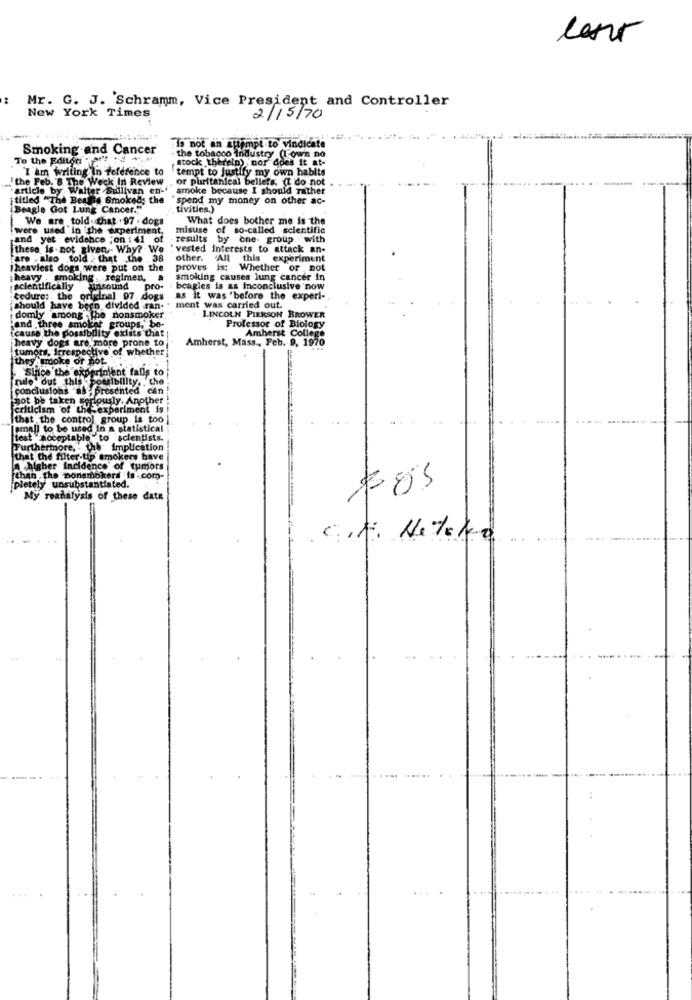
Mr. G. J. Schramm, Vice President and Controller
New York Times
2/15/70
Smoking and Cancer
19 not an attempt to vindicate
To the Editor: "
. the tobacco Industry (I own no
stock therein) nor does it at-
I am writing In reference to
tempt to justify my own habits
the Feb. 8. The Weck In Review
. or puritanical bellefs. (I do not
"article by Walter Sullivan en-' smoke because I should rather
titled "The Beatle Smoked; the "spend my money on other ac-
Beagle Got Lung Cancer.""
tivities.)
are told. that . 97 . dogs
What does bother me is the
were used in the experiment,
misuse of so-called scientific
and yet evidence ;on : 41 of
results by one- group with
these is not given. Why? We
vested Interests to attack an-
are . also told . that the . 38
other.
'All this
experiment
heaviest dogs were put on the
proves ist Whether or not
heavy . smoking -regimen, a
smoking causes lung cancer in
scientifically unsound
scientifica
unsound
pro-
beagles is as inconclusive now
cedure: the original 07. dogs
as it was 'before the experi-
should have been divided ran-
ment was carried out.
domly among the nonsmoker
LINCOLN PIERSON BROWER
and three smoker groups," be-
cause the possibility exists that
Professor of Biology
heavy dogs are more prone to
Amherst, Mass ., Feb. 9, 1970
Amherst College
tumors, Irrespective of whether
hey smoke or not .
Since the experiment falls to
quilo" dut this bo
omnibillty, che
conclusions as , presented can
not be taken Ser
ously. Another
criticism of the experiment is
that the control group is too }
small to be used in a statistical
test acceptable to scientists.
Furthermore, the Implication
that the filter-tip smokers have
chigher incidence of tumors
than the nonsmokers is com-
pletely unsubstantiated.
My reanalysis of these data
CIF. Netoko